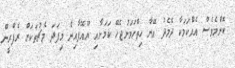
ކޮންމެވެސް އެއްކަމަކާ ދެމެދު އޭނާ ހިތްހަމަނުޖެހޭ ކަމަށާއި ޔޫއޭފާއިން މިފަދަ މެޗުތަކަށް ރެފްރީން